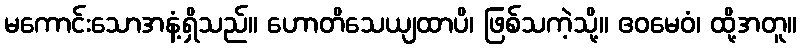
မကောင်းသောအနံ့ရှိသည်။ ဟောတိသေယျထာပိ၊ ဖြစ်သကဲ့သို့။ ဧဝမေဝံ၊ ထို့အတူ။